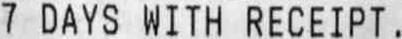
7 DAY WITH RECEIPT.